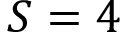
S = 4